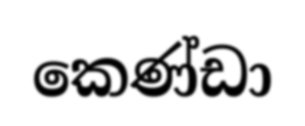
කෙණ්ඩා